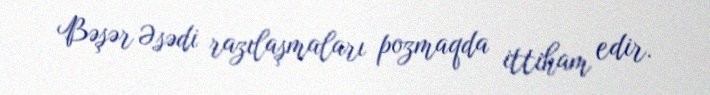
Bəşər Əsədi razılaşmaları pozmaqda ittiham edir.